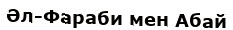
Әл-Фараби мен Абай